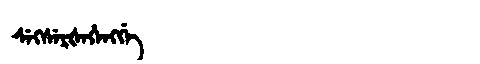
Manchu: ᠰᡝᡴᠰᡝᡵᡧᡝᡥᡝᠩᡤᡝ
Romanization: SEKSERŠEHENGGE